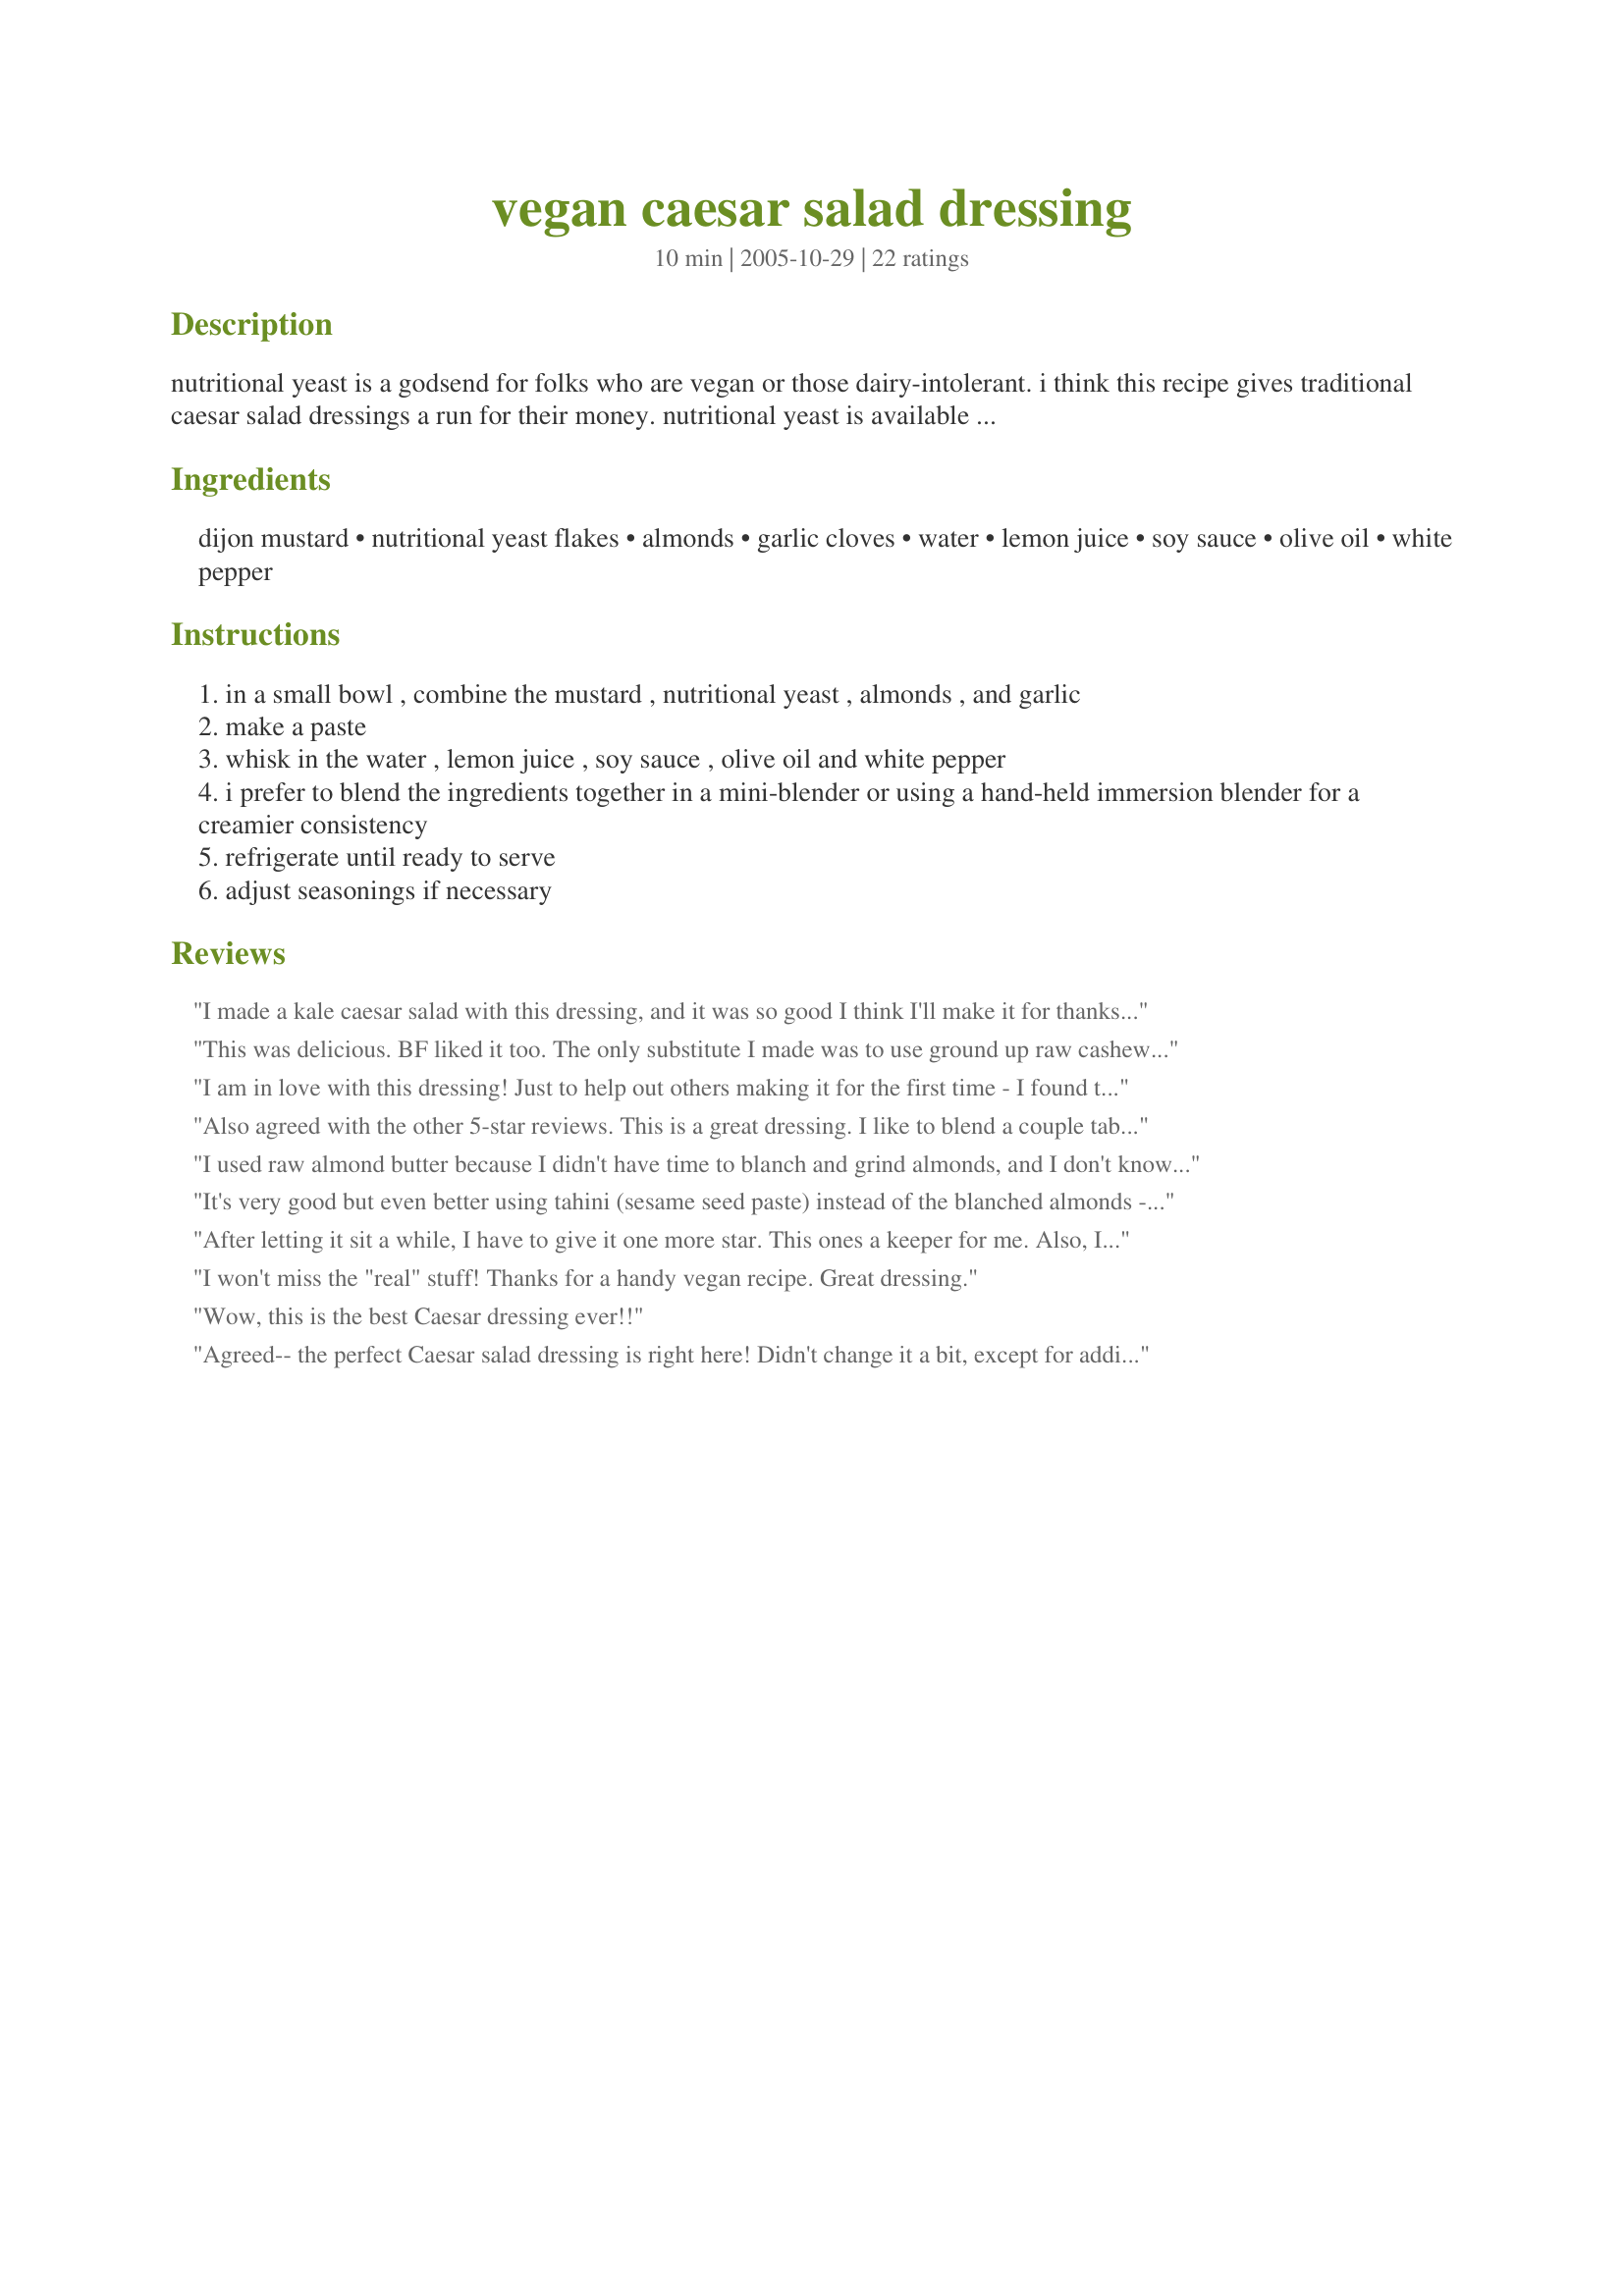
vegan caesar salad dressing
Preparation time: 10 minutes

nutritional yeast is a godsend for folks who are vegan or those dairy-intolerant. i think this recipe gives traditional caesar salad dressings a run for their money. nutritional yeast is available in bulk in well-stocked grocery stores. i forgot the recipe source!?

Ingredients:
dijon mustard, nutritional yeast flakes, almonds, garlic cloves, water, lemon juice, soy sauce, olive oil, white pepper

Steps:
in a small bowl , combine the mustard , nutritional yeast , almonds , and garlic
make a paste
whisk in the water , lemon juice , soy sauce , olive oil and white pepper
i prefer to blend the ingredients together in a mini-blender or using a hand-held immersion blender for a creamier consistency
refrigerate until ready to serve
adjust seasonings if necessary

Reviews:
I made a kale caesar salad with this dressing, and it was so good I think I'll make it for thanksgiving this year :)
This was delicious. BF liked it too. The only substitute I made was to use ground up raw cashews instead of almonds because it&#039;s often used as a substitute for parmesan cheese (I figured that that was where the recipe was going by using almonds). This was a little mustardy for caesar salad dressing but I&#039;ll definitely make this again.
I am in love with this dressing! Just to help out others making it for the first time - I found that 20 blanched almonds is more or less 2 tablespoons ground. Thanks for sharing!
Also agreed with the other 5-star reviews. This is a great dressing. I like to blend a couple tablespoons of capers in too to add a bit of extra zing, but it's excellent as is.
I used raw almond butter because I didn't have time to blanch and grind almonds, and I don't know how that changed it but it turned out very good.
It's very good but even better using tahini (sesame seed paste) instead of the blanched almonds -- super delicious!
After letting it sit a while, I have to give it one more star. This ones a keeper for me. Also, I didn&#039;t have white pepper and fresh ground black pepper worked fine
I won't miss the "real" stuff! Thanks for a handy vegan recipe. Great dressing.
Wow, this is the best Caesar dressing ever!!
Agreed-- the perfect Caesar salad dressing is right here! Didn't change it a bit, except for adding a little more water. Since, personally, I can't comprehend the idea of too much garlic (too much- what?! Too MUCH??) three cloves was divine. Thanks so much for posting this, it'll be a regular for me!
This dressing was phenomenal - our vegan friends loved it, and we enjoyed it too. I ground the almonds, but otherwise combined the ingredients in a mini food processor. I added an extra 1/2 tbsp of lemon juice, and that seemed to balance out the flavours nicely. Thank for sharing!
I've made this twice in the past week and it's great! I added a splash of red wine vinegar and 1/4 t. of white miso to mine. It's a really strongly-flavored dressing, especially right after it's made, so definitely taste it before serving. Thanks for posting!
I have to say I don't use this dressing, but my hubby is a vegan and LOVES it. I make it every Sunday. I did make one change I add one tablespoon of red wine vinegar. He just can't get enough of it.
Mmmm mmmm - loved it! Whether or not you want to call it "Caesar", it is a delicious dressing that can hold it's own with romaine in the same fashion. Would make a great dip too if you cut back on the water. I love how little oil is in this, but still rich from the almonds. I need a dressing to inspire me to make salad sometimes (lazy me), and this absolutely did. I followed your suggestion and ground up the almonds first, then threw the rest of the ingredients in - easy peasy. Thanks for posting!! (Update...used this for a pasta salad - so good, I had people asking for the recipe. Just let it come to room temperature or dress right before serving).
Delicious! Wouldn't say exactly like Caesar but you definitely get the feel for it. Use whole grain mustard for an extra kick!
A yummy dressing that I dipped romaine lettuce leaves in. This is a keeper! Thanks! Made for the Best of 2010 game.
Really, really great recipe, we loved this dressing. I also added 1 tbsp of light brown sugar because my husband thought it was a little to sour/tart. The sugar made a difference. <br/>I think I'll try adding seaweed too - as suggested by another reviewer - the next time I make it.
This was nearly perfect. I added 1 tablespoon of agave, about a half cup of reconstituted arame (seaweed, commonly used in vegan caesar dressing to replace the anchovies for fishiness), and THEN it was perfect. Thank you for the recipe!
DH really enjoyed this dressing! He did say it was a bit mustardy (he isn't a huge mustard fan so the flavor probably really stuck out for him) so I added a bit of agave to cut the sharp mustard flavor and he loved it. Now if only I wasn't too lazy to make some croutons he could have a decent caesar salad ;) Thanks a lot Cookgirl!! Made for Veg*n Swap 26!!
I agree, it is a great dressing! Although 3 cloves of garlic was a bit too much for us, but its just our personal taste! ;o)
Thanks for the recipe!!
This is a delicious salad dressing. I also use raw cashews instead of almonds but follow the recipe as is otherwise. I like to toss my romaine greens in this and then top with croutons, jalapeno crisps, and if vegans aren't present some parmesan cheese. So easy to throw together and tastes great. Thanks for posting! It's a keeper for us.
Yep, jumpin-jack-flash! Dang gone little cow-girl this is good! I seriously am in love. I followed this exactly, and it came out in complete perfection. I personally love the 3 cloves of garlic, it keeps the flies away. I wouldn't change anything, and on that note, I don't know what you could change, it's "Practically Perfect in Everyway". I loved how the little almonds slipped their jackets right off after blanching them for 1 minute in hot water. Dried them and puffed them up, and chopped in the food processor. Great recipe, CG! Made for Veggie Recipe Swap. 2011
